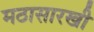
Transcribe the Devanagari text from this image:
मठासारखी